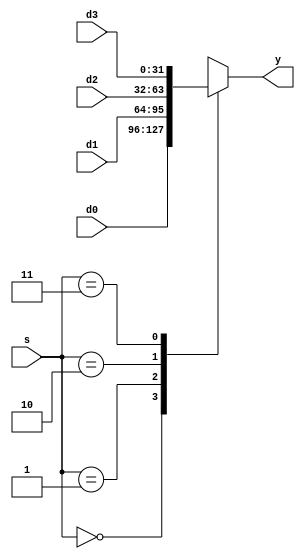
module mux4 #(parameter WIDTH = 32) (
input wire [WIDTH-1:0] d0, d1, d2, d3,
input wire [1:0] s,
output reg [WIDTH-1:0] y
);

    parameter ALUResult = 2'B00, ReadData = 2'B01, PCPlus4 = 2'B10, ImmExt = 2'B11;
    always @(*) begin
        case(s)
            ALUResult: y <= d0;
            ReadData:  y <= d1;
            PCPlus4:   y <= d2;
            ImmExt:    y <= d3;
            default: y <= 32'bz;
        endcase
    end
endmodule